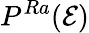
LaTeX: P^{Ra}(\mathcal{E})